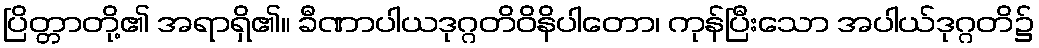
ပြိတ္တာတို့၏ အရာရှိ၏။ ခီဏာပါယဒုဂ္ဂတိဝိနိပါတော၊ ကုန်ပြီးသော အပါယ်ဒုဂ္ဂတိ၌